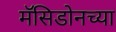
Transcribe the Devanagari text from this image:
मॅसिडोनच्या